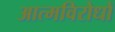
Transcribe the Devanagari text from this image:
आत्मविरोधों